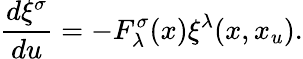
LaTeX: \frac{d\xi^{\sigma}}{du}=-F_{\lambda}^{\sigma}(x)\xi^{\lambda}(x,x_{u}).